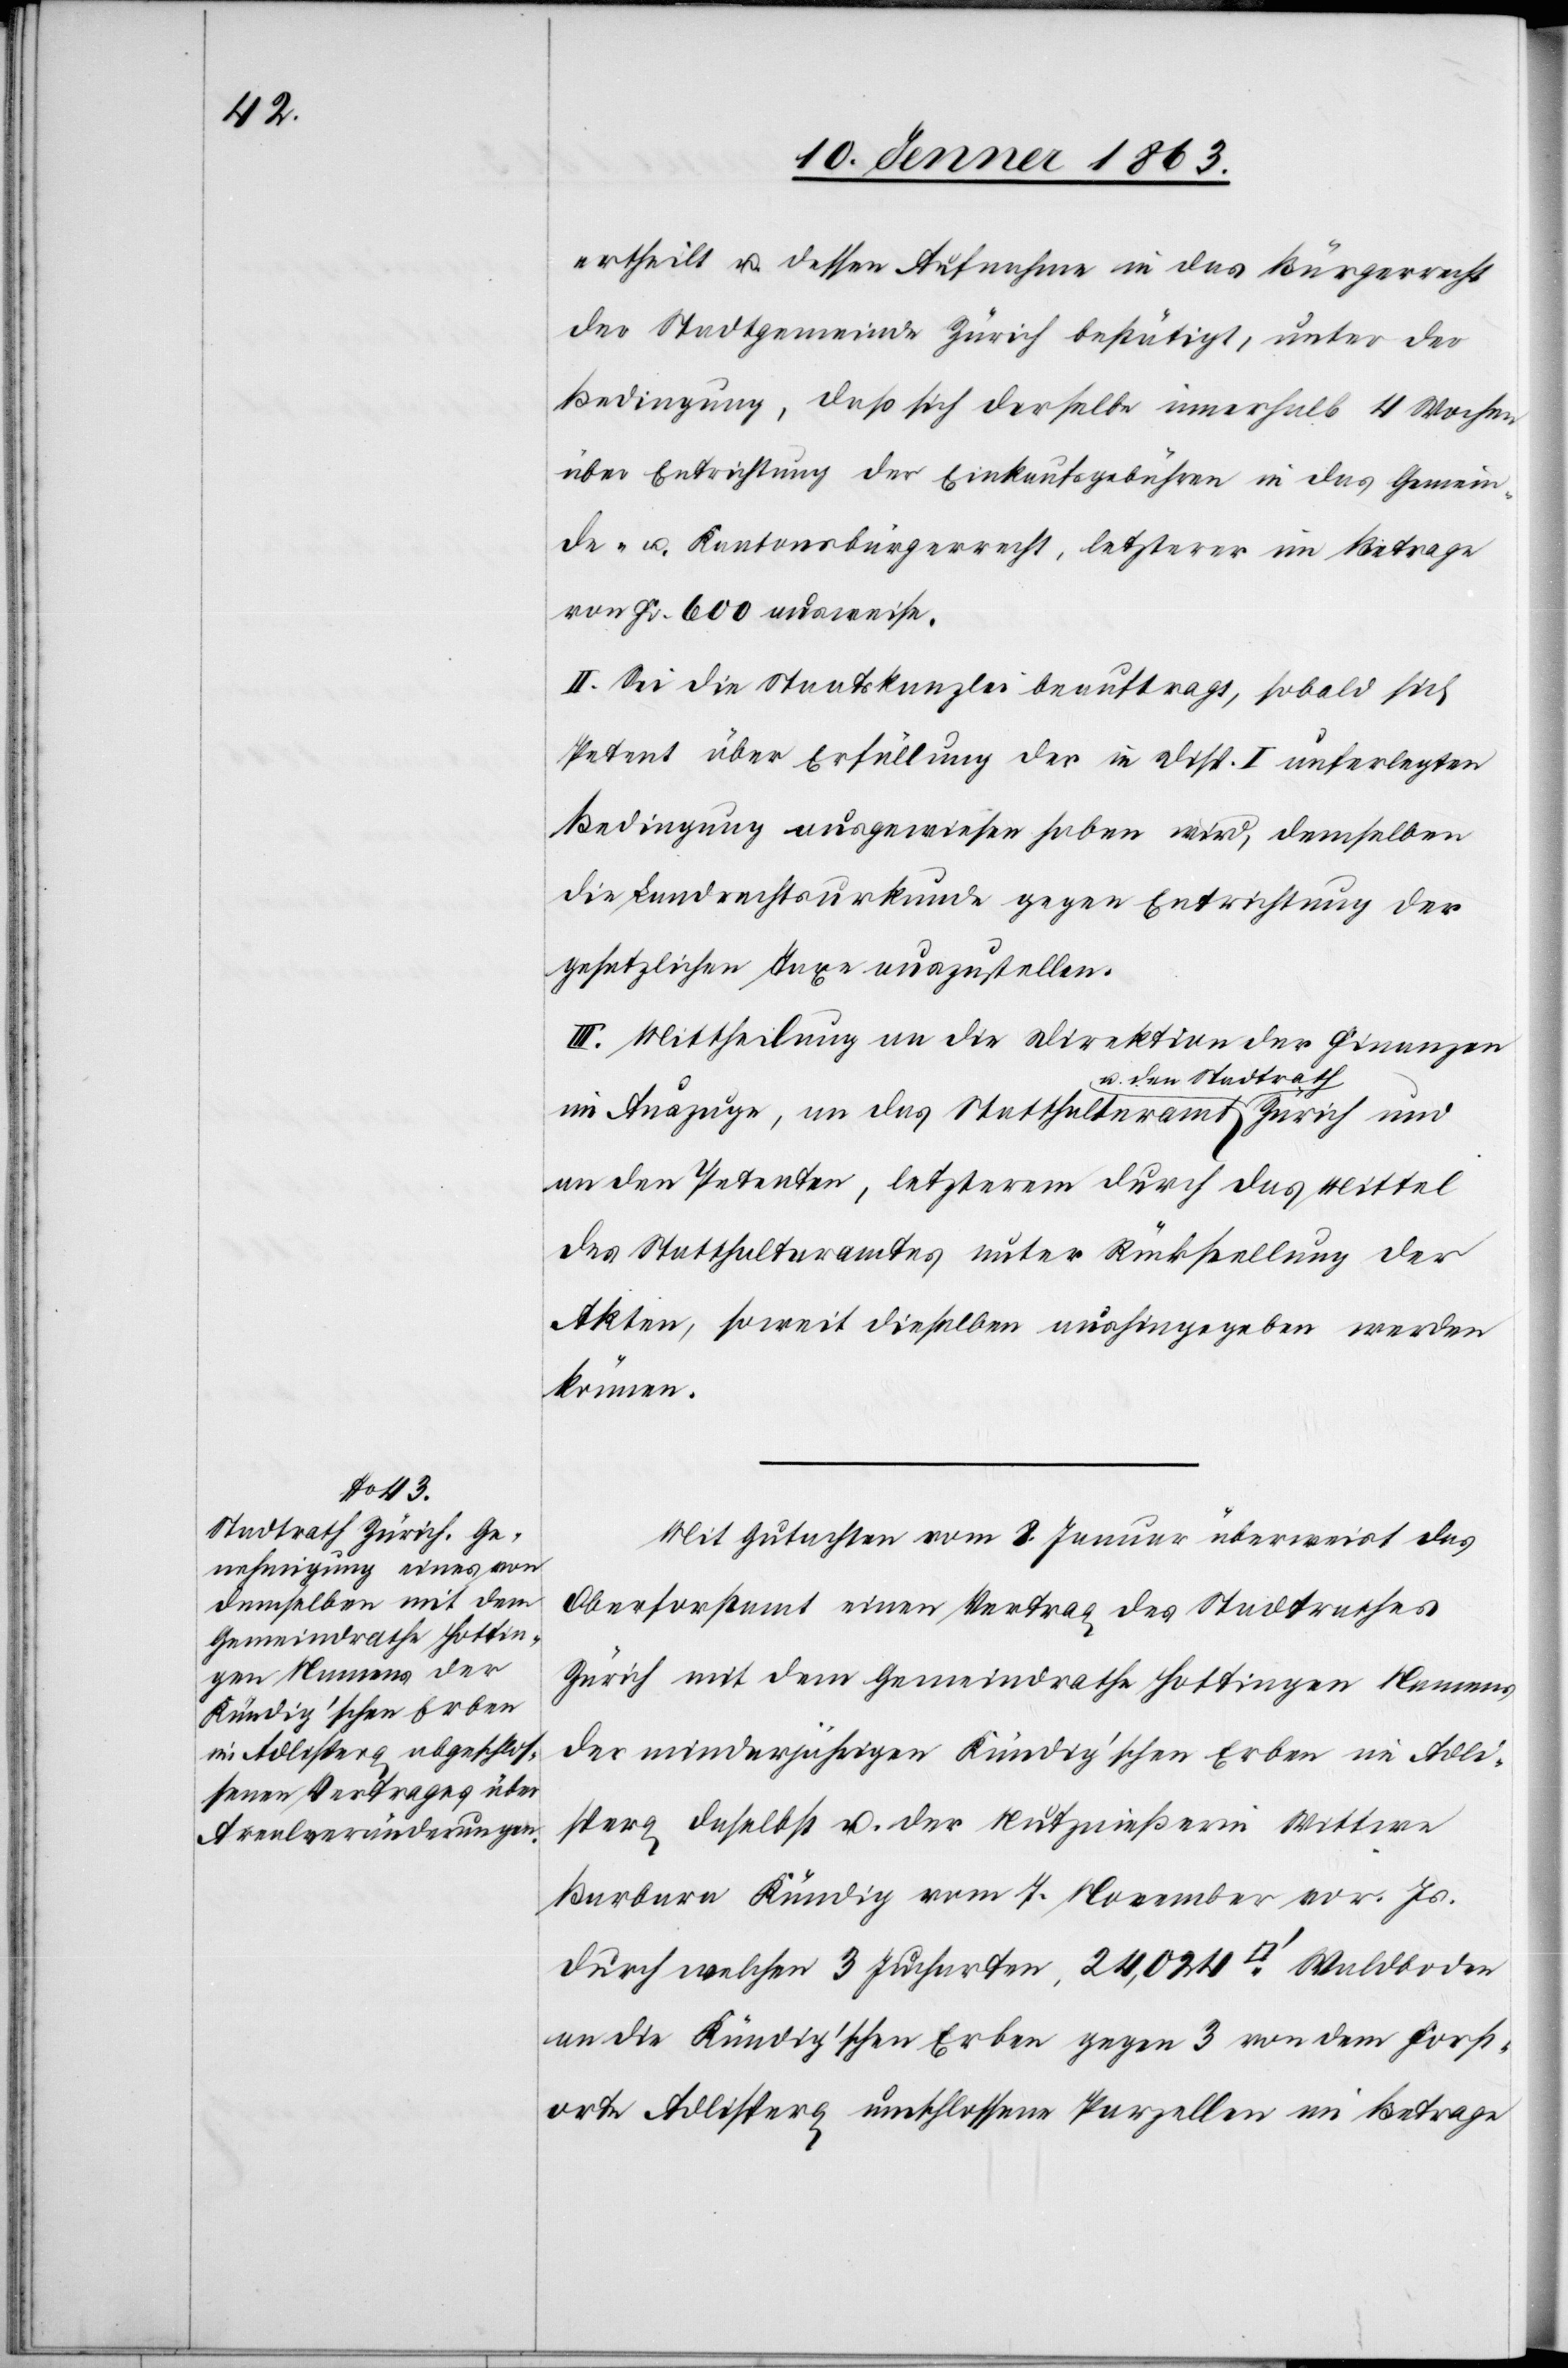
ertheilt u. dessen Aufnahme in das Bürgerrecht
der Stadtgemeinde Zürich bestätigt, unter der
Bedingung, daß sich derselbe innerhalb 4 Wochen
über Entrichtung der Einkaufsgebühren in das Gemein¬
de- u. Kantonsbürgerrecht, letzterer im Betrage
von Fr. 600 ausweise.
II. Sei die Staatskanzlei beauftragt, sobald sich
Petent über Erfüllung der in Disp. I auferlegten
Bedingung ausgewiesen haben wird, demselben
die Landrechtsurkunde gegen Entrichtung der
gesetzlichen Taxe auszustellen.
III. Mittheilung an die Direktion der Finanzen
im Auszuge, an das Statthalteramt a-und den
an den Petenten, letzterem durch das Mittel
des Statthalteramtes unter Rückstellung der
Akten, soweit dieselben aushingegeben werden
können.
Mit Gutachten vom 8. Januar überweist das
Oberforstamt einen Vertrag des Stadtrathes
Zürich mit dem Gemeindrathe Hottingen Namens
der minderjährigen Kündig'schen Erben in Adli¬
sperg daselbst u. der Nutznießerin Wittwe
Barbara Kündig vom 7. November vor. Js.
durch welchen 3 Jucharten, 24,024 [Quadratfuss] Waldboden
an die Kündig'schen Erben gegen 3 von dem Forst¬
orte Adlisperg umschlossene Parzellen im Betrage